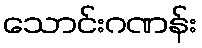
သောင်းဂဏန်း